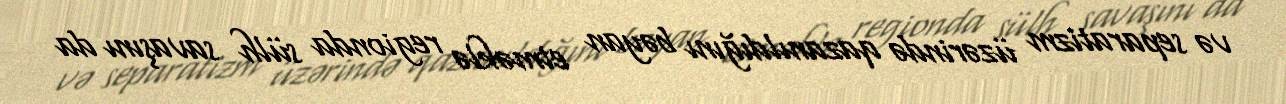
və separatizm üzərində qazanıldığını bəyan etməklə regionda sülh savaşını da